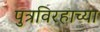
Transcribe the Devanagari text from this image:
पुत्रविरहाच्या